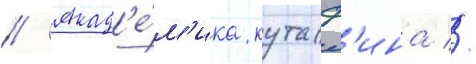
// Акад'е́м'ика кутаф'ина //